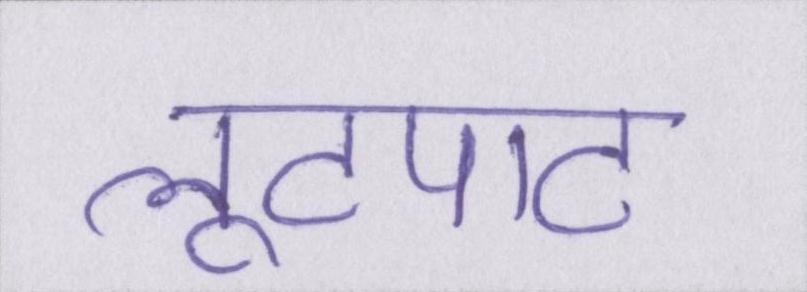
लूटपाट